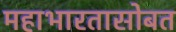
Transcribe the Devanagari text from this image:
महाभारतासोबत